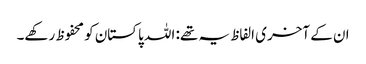
ان کے آخری الفاظ یہ تھے: اللہ پاکستان کو محفوظ رکھے۔